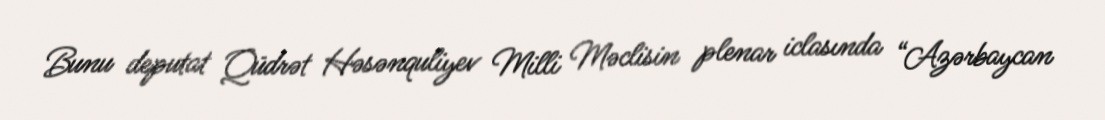
Bunu deputat Qüdrət Həsənquliyev Milli Məclisin plenar iclasında “Azərbaycan